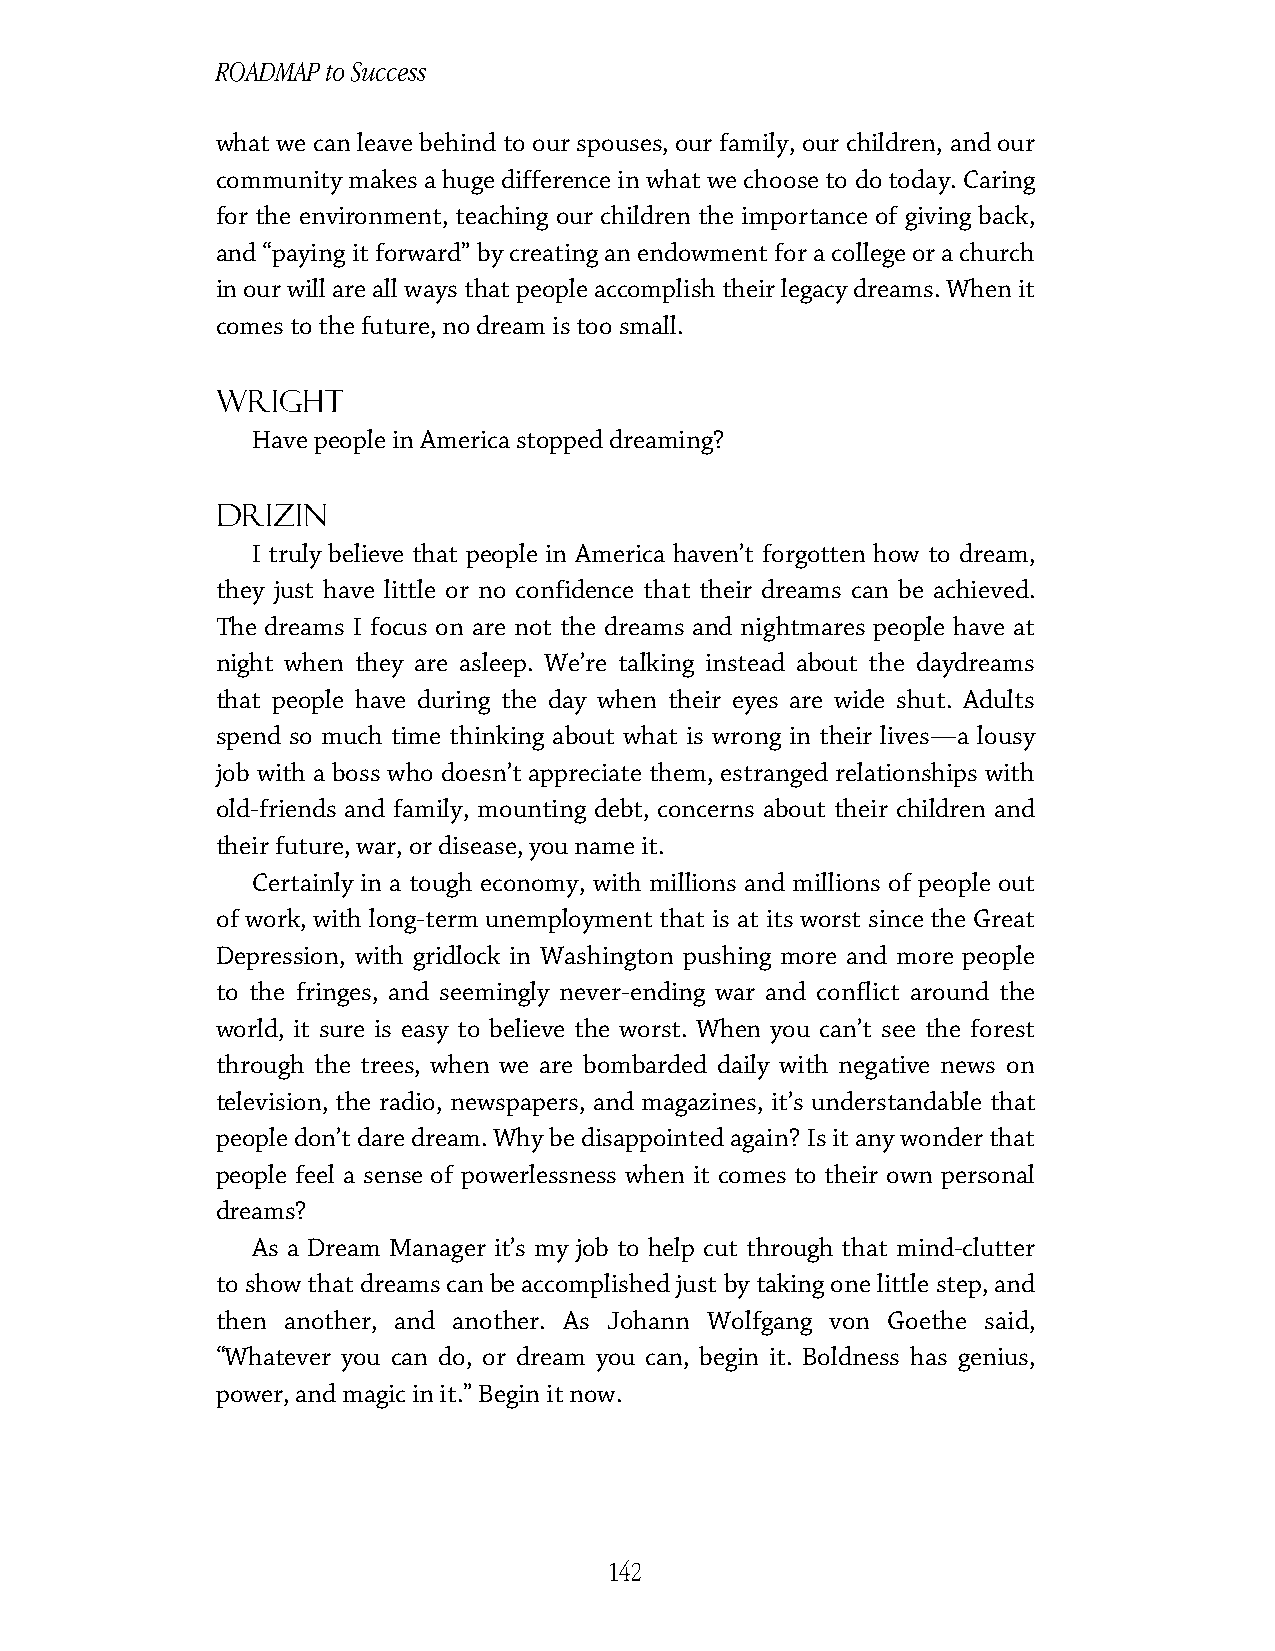
ROADMAP to Success
 what we can leave behind to our spouses, our family, our children, and our
 community makes a huge difference in what we choose to do today. Caring
 for the environment, teaching our children the importance of giving back,
 and “paying it forward” by creating an endowment for a college or a church
 in our will are all ways that people accomplish their legacy dreams. When it
 comes to the future, no dream is too small.
 Wright
 Have people in America stopped dreaming?
 Drizin
 I truly believe that people in America haven’t forgotten how to dream,
 they just have little or no confidence that their dreams can be achieved.
 The dreams I focus on are not the dreams and nightmares people have at
 night when they are asleep. We’re talking instead about the daydreams
 that people have during the day when their eyes are wide shut. Adults
 spend so much time thinking about what is wrong in their lives—a lousy
 job with a boss who doesn’t appreciate them, estranged relationships with
 old-friends and family, mounting debt, concerns about their children and
 their future, war, or disease, you name it.
 Certainly in a tough economy, with millions and millions of people out
 of work, with long-term unemployment that is at its worst since the Great
 Depression, with gridlock in Washington pushing more and more people
 to the fringes, and seemingly never-ending war and conflict around the
 world, it sure is easy to believe the worst. When you can’t see the forest
 through the trees, when we are bombarded daily with negative news on
 television, the radio, newspapers, and magazines, it’s understandable that
 people don’t dare dream. Why be disappointed again? Is it any wonder that
 people feel a sense of powerlessness when it comes to their own personal
 dreams?
 As a Dream Manager it’s my job to help cut through that mind-clutter
 to show that dreams can be accomplished just by taking one little step, and
 then another, and another. As Johann Wolfgang von Goethe said,
 “Whatever you can do, or dream you can, begin it. Boldness has genius,
 power, and magic in it.” Begin it now.
 142